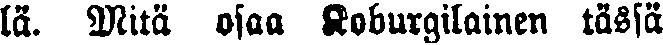
lä. Mitä osaa Koburgilainen tässä